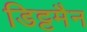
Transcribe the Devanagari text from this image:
डिट्टमैन